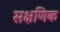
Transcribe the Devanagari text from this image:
सक्षणिक